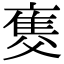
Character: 𤕚